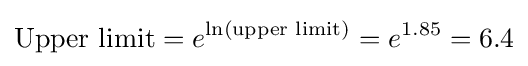
{\text{Upper limit}}=e^{\ln({\text{upper limit}})}=e^{1.85}=6.4